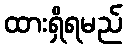
ထားရှိရမည်